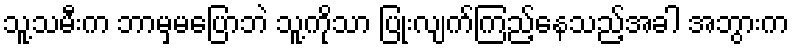
သူ့သမီးက ဘာမှမပြောဘဲ သူ့ကိုသာ ပြုံးလျက်ကြည့်နေသည့်အခါ အဘွားက